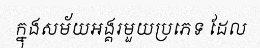
ក្នុងសម័យអង្គរមួយប្រភេទ ដែល